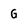
Character: G